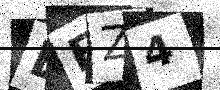
Text: LEZ4